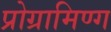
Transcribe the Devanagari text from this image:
प्रोग्रामिण्ग